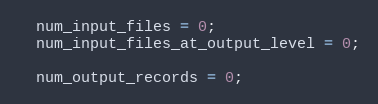
Language: C++
  num_input_files = 0;
  num_input_files_at_output_level = 0;

  num_output_records = 0;